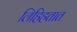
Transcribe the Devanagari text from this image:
लिहिहतात